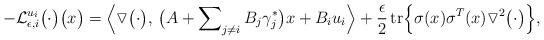
LaTeX: \begin{align*} -\mathcal{L}_{\epsilon,i}^{u_i} \bigl(\cdot\bigr) \bigl( x \bigr) = \Bigl \langle \triangledown \bigl(\cdot\bigr),\, \bigl( A + \sum\nolimits_{j \neq i} B_j \gamma_j^{\ast} \bigr)x + B_i u_i\Bigr \rangle + \frac{\epsilon}{2} \operatorname{tr} \Bigl \{\sigma(x) \sigma^T(x) \triangledown^2 \bigl(\cdot\bigr) \Bigr\}, \end{align*}